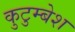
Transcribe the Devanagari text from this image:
कुटुम्बेश